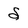
Character: S